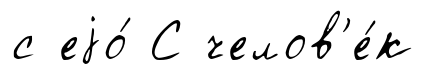
с еjо́ С челов'е́к